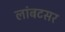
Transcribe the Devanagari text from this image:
लांबटसर